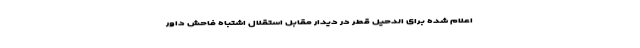
اعلام شده برای الدحیل قطر در دیدار مقابل استقلال اشتباه فاحش داور